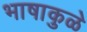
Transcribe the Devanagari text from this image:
भाषाकुळे